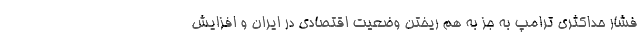
فشار حداکثری ترامپ به جز به هم ریختن وضعیت اقتصادی در ایران و افزایش